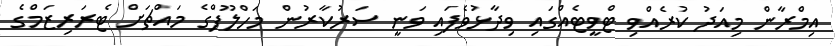
އިމްރާން މިއަދު ކުރެއްވި ޓްވީޓެއްގައި ވިދާޅުވެފައި ވަނީ ސަރުކާރުން މަހްލޫފްގެ މައްޗަށް ޓެރަރިޒަމްގެ